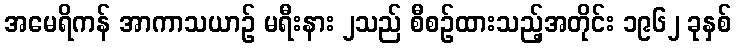
အမေရိကန် အာကာသယာဉ် မရီးနား ၂သည် စီစဉ်ထားသည့်အတိုင်း ၁၉၆၂ ခုနှစ်